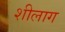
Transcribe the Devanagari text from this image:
शीलाग